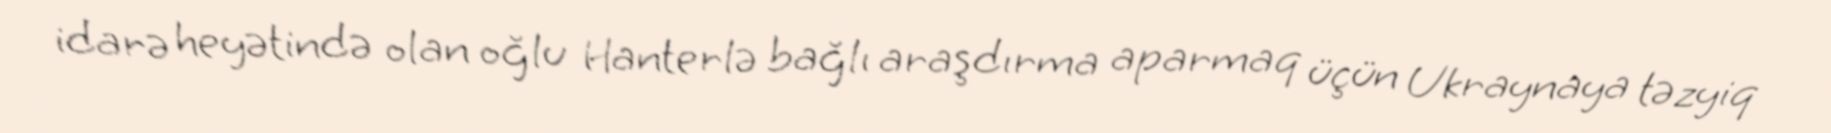
idarə heyətində olan oğlu Hanterlə bağlı araşdırma aparmaq üçün Ukraynaya təzyiq